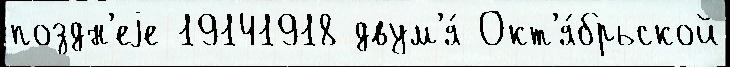
поздн'еjе 19141918 двум'я́ Окт'я́брьской